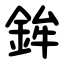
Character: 鉾